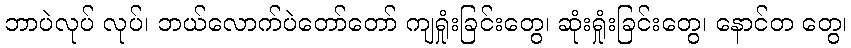
ဘာပဲလုပ် လုပ်၊ ဘယ်လောက်ပဲတော်တော် ကျရှုံးခြင်းတွေ၊ ဆုံးရှုံးခြင်းတွေ၊ နောင်တ တွေ၊